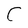
Character: C